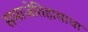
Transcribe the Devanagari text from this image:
समाजेतिहासाचा